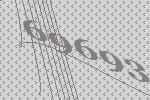
69693